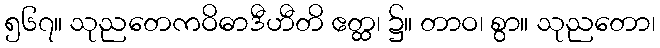
၅၆၇။ သုညတေကဝိဓာဒီဟီတိ ဧတ္ထ၊ ၌။ တာဝ၊ စွာ။ သုညတော၊